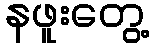
နဖူးတွေ့